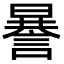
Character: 謈